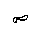
Letter: _sad